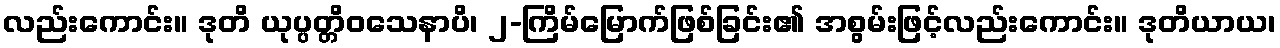
လည်းကောင်း။ ဒုတိ ယုပ္ပတ္တိဝသေနာပိ၊ ၂-ကြိမ်မြောက်ဖြစ်ခြင်း၏ အစွမ်းဖြင့်လည်းကောင်း။ ဒုတိယာယ၊